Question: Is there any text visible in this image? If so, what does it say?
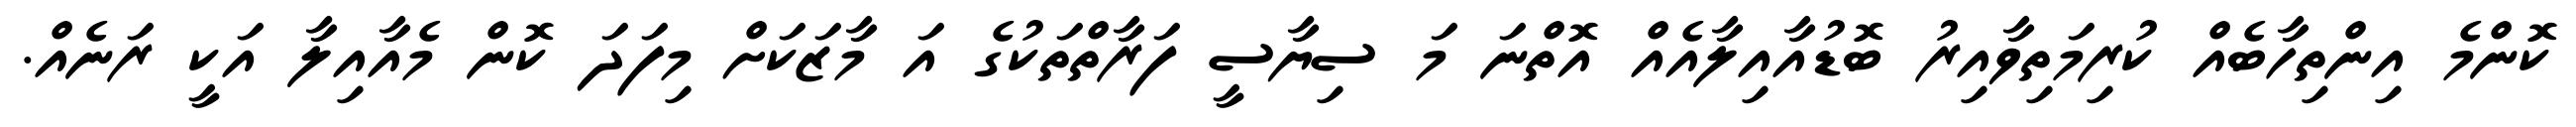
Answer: ކޮންމެ އިންތިހާބެއް ކުރިމަތިވާއިރު ބޮޑުއާއިލާއެއް އޮތްނަ މަ ސިޔާސީ ފަރާތްތަކުގެ އަ މާޒަކަށް މިފަދަ ކޮން މެއާއިލާ އަކީ ރަނެއް.